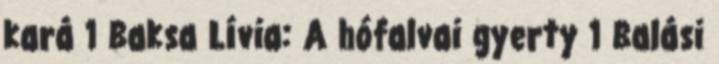
kará 1 Baksa Lívia: A hófalvai gyerty 1 Balási